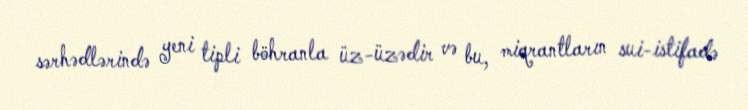
sərhədlərində yeni tipli böhranla üz-üzədir və bu, miqrantların sui-istifadə